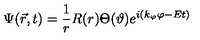
\Psi ( \vec { r } , t ) = \frac 1 r R ( r ) \Theta ( \vartheta ) e ^ { i ( k _ { \varphi } \varphi - E t ) }